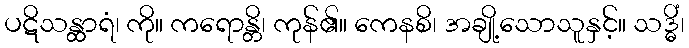
ပဋိသန္ထာရံ၊ ကို။ ကရောန္တိ၊ ကုန်၏။ ကေနစိ၊ အချို့သောသူနှင့်။ သဒ္ဓိံ၊